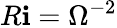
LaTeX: R\mathbf{i}=\Omega^{-2}